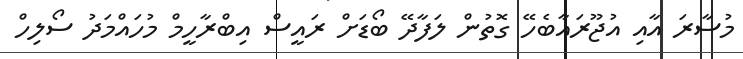
މުސާރަ އާއި އުޖޫރައާބެހޭ ގޮތުން ލަފާދޭ ބޯޑަށް ރައީސް އިބްރާހީމް މުހައްމަދު ސޯލިހް